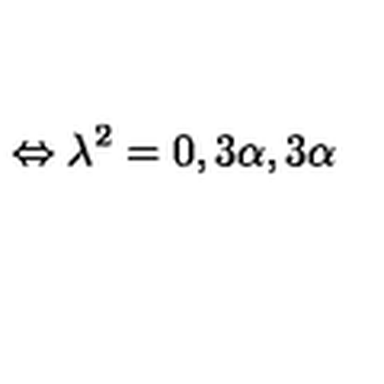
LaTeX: \Leftrightarrow \lambda ^ { 2 } = 0 , 3 \alpha , 3 \alpha